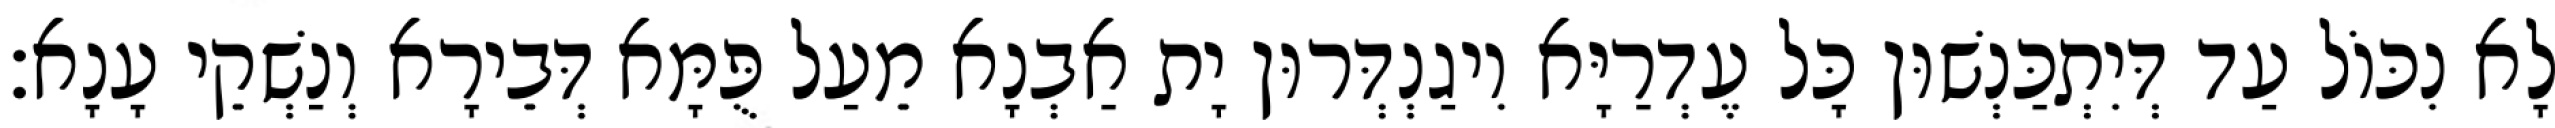
לָא נִכּוֹל עַד דְּיִתְכַּנְשׁוּן כָּל עֶדְרַיָּא וִיגַנְדְּרוּן יָת אַבְנָא מֵעַל פֻּמָּא דְּבֵירָא וְנַשְׁקֵי עָנָא׃